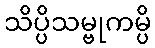
သိပ္ပိသမ္ဗုကမ္ပိ